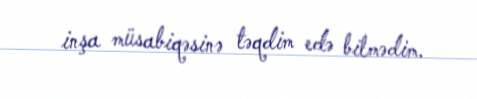
inşa müsabiqəsinə təqdim edə bilmədim.